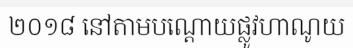
២០១៨ នៅតាមបណ្តោយផ្លូវហាណូយ